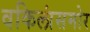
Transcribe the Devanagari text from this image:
वकिलांसमोर